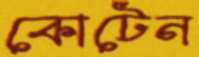
কোটেন